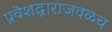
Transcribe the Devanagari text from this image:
प्रवेशद्वाराजवळच